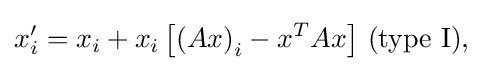
x'_{i}=x_{i}+x_{i}\left[\left(Ax\right)_{i}-x^{T}Ax\right]\,({\rm {type~I),}}